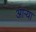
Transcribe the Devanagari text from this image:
आऱ्या